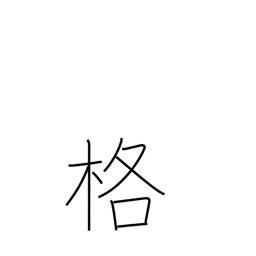
Meaning: capacity